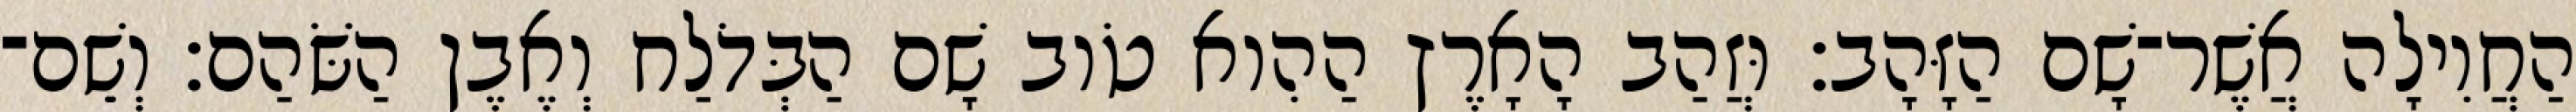
הַחֲוִילָה אֲשֶׁר־שָׁם הַזָּהָב׃ וּזֲהַב הָאָרֶץ הַהִוא טֹוב שָׁם הַבְּדֹלַח וְאֶבֶן הַשֹּׁהַם׃ וְשֵׁם־